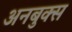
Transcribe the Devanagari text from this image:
अनबुक्स